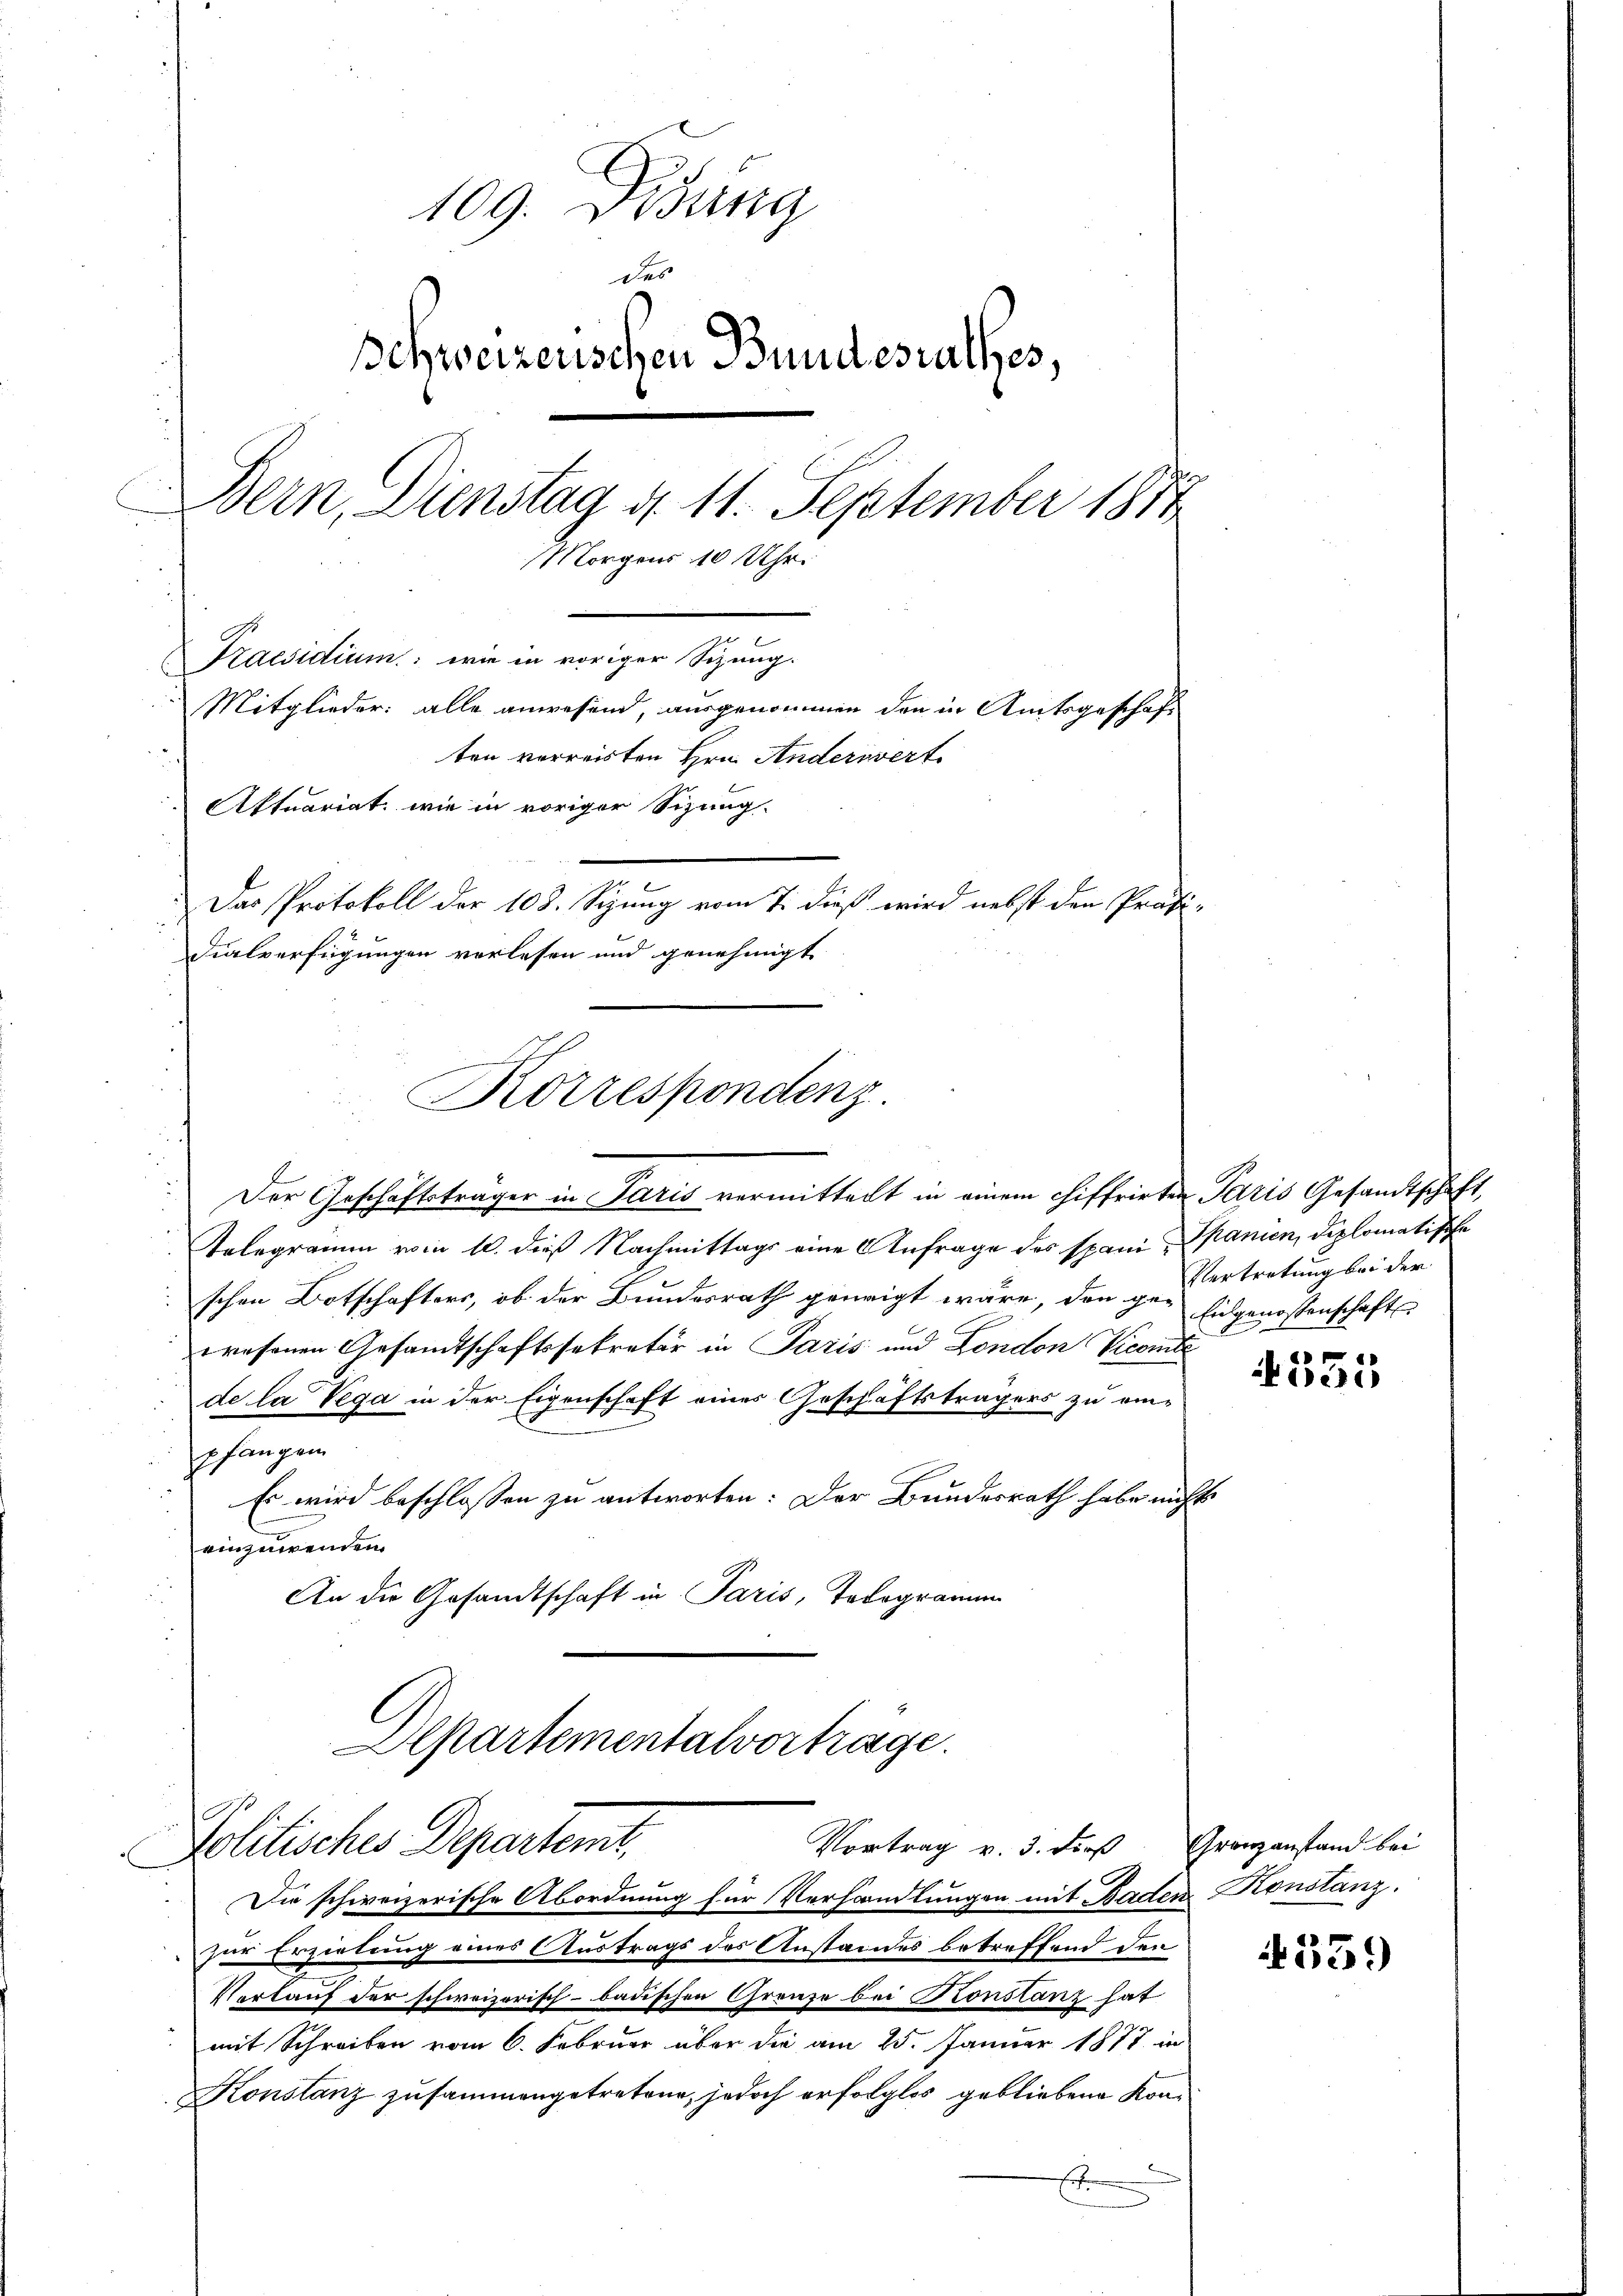
109. Desung
des
Schweizerischen Bundesrathes,
Bern, Dienstag d. 11. September 1811
Morgens 10 Uhr.
Praesidium: wie in voriger Sizung.
Mitglieder: alle anwesend, ausgenommen den in Amtsgeschäft
ten verreisten Hrn. Anderswert
Aktuariat, wie in voriger Sitzung.
Das Protokoll der 108. Sizung vom 7. dieß wird nebst den Präsi-
dialverfügungen verlesen und genehmigt

Der Geschäftsträger in Paris vermittelt in einem chiffrirten Paris Gesandtschaft,
Kolegramm vom 10. dieß Nachmittags eine Anfrage des Spani Spanien, Diplomatische
schen Botschafters, ob der Bundesrath geneigt wäre, den ge- Eidgenossenschafts-
wesenen Gesandtschaftssekretär in Paris und London Viceinte
de la Vega in der Eigenschaft eines Geschäftsträgers zu einpfangen
Es wird beschlossen zu antworten: Der Bundesrath habe nicht
einzuwenden.
An die Gesandtschaft in Paris, Telegramm
Departementalvortrage.

Politisches Departemt,

Konstanz zusammengetretene, jedoch erfolglos gebliebene Kon¬
Erf

Korrespondenz

Die schweizerische Abordnung für Verhandlungen mit Baden Konstanz.
zur Erzielung eines Austrags des Anstandes betreffend den
Verkauf der schweizerisch-badischen Grenze bei Konstanz hat
mit Schreiben vom 6. Februar über die am 25. Januar 1877 in

Vortrag v. 3. dieß Granzanstand bei

Vertretung bei der

e
oe

339